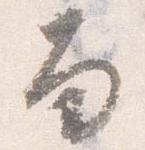
面